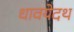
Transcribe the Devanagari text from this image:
धावयेदथ